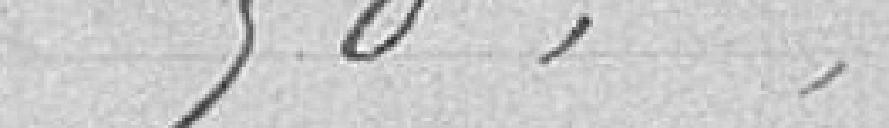
90